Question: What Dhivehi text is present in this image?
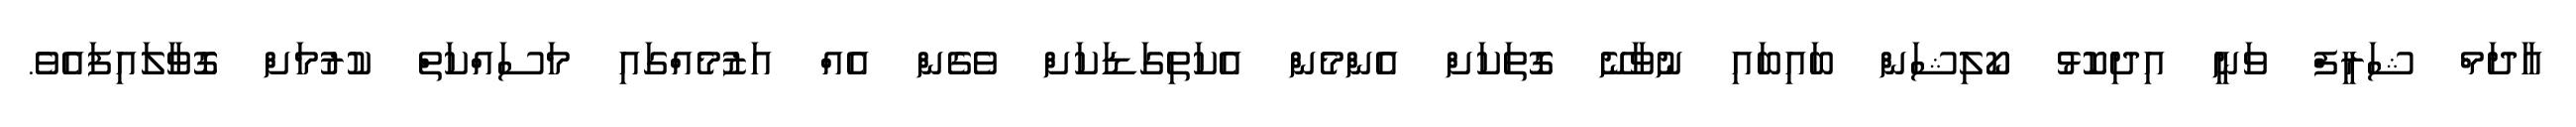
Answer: އާދަމް ޝަރީފް ވަނީ އިދިކޮޅު ކޯލިޝަން ބައިބައި ނުވާނޭ ގޮތަކަށް އެންމެން އެކަތިގަޑަކަށް ވެގެން އެއް އަޒުމެއްގައި މަސައްކަތް ކުރުމަށް ގޮވާލައިފައެވެ.